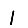
Digit: 1